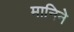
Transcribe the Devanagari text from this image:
मानिने